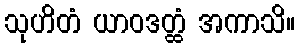
သုဟိတံ ယာဝဒတ္ထံ အကာသိ။